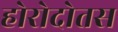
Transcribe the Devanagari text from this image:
होरोदोतस